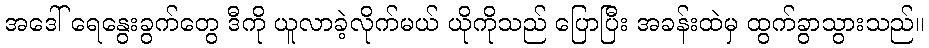
အဒေါ် ရေနွေးခွက်တွေ ဒီကို ယူလာခဲ့လိုက်မယ် ယိုကိုသည် ပြောပြီး အခန်းထဲမှ ထွက်ခွာသွားသည်။